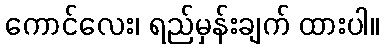
ကောင်လေး၊ ရည်မှန်းချက် ထားပါ။